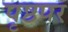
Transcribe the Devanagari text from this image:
पृष्ठपर